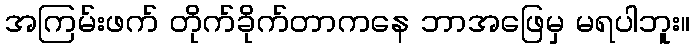
အကြမ်းဖက် တိုက်ခိုက်တာကနေ ဘာအဖြေမှ မရပါဘူး။